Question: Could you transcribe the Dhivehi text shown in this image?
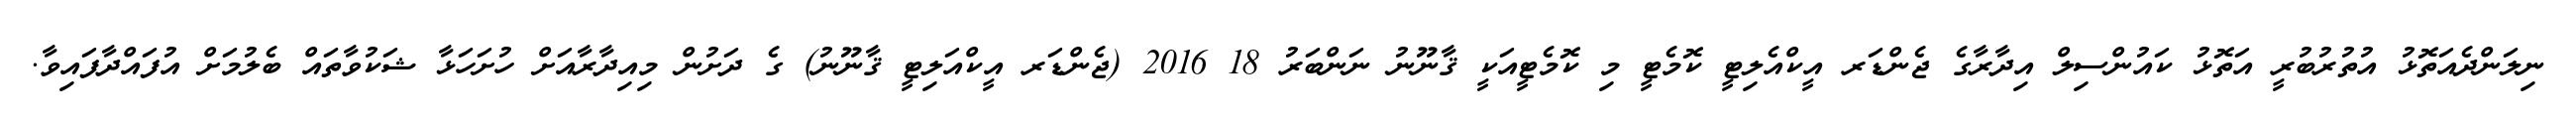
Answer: ނިލަންދެއަތޮޅު އުތުރުބުރީ އަތޮޅު ކައުންސިލް އިދާރާގެ ޖެންޑަރ އީކްއެލިޓީ ކޮމެޓީ މި ކޮމެޓީއަކީ ޤާނޫނު ނަންބަރު 18 2016 (ޖެންޑަރ އީކްއަލިޓީ ޤާނޫނު) ގެ ދަށުން މިއިދާރާއަށް ހުށަހަޅާ ޝަކުވާތައް ބެލުމަށް އުފައްދާފައިވާ.